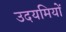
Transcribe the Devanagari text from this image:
उदयमियों